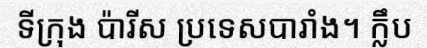
ទីក្រុង ប៉ារីស ប្រទេសបារាំង។ ក្លឹប